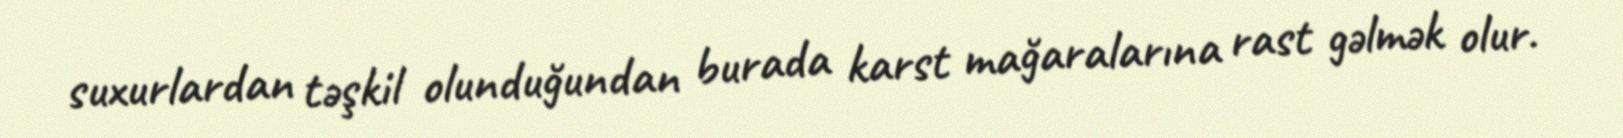
suxurlardan təşkil olunduğundan burada karst mağaralarına rast gəlmək olur.